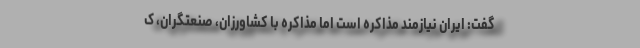
گفت: ایران نیازمند مذاکره است اما مذاکره با کشاورزان، صنعتگران، ک